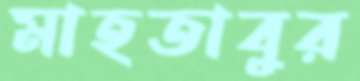
মাহতাবুর